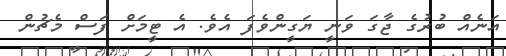
އަނެއް ބުރުގެ ޖާގަ ވަނީ ޔަގީންވެފަ އެވެ. އެ ޓީމަށް ފަސް މެޗުން